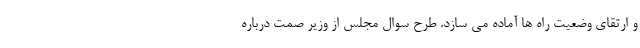
و ارتقای وضعیت راه ها آماده می سازد. طرح سوال مجلس از وزیر صمت درباره